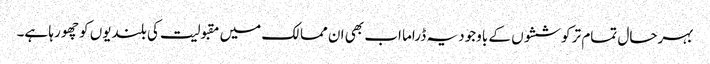
بہرحال تمام تر کوششوں کے باوجود یہ ڈراما اب بھی ان ممالک میں مقبولیت کی بلندیوں کو چھو رہا ہے۔